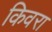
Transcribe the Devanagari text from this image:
किवरा